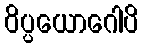
ဝိပ္ပယောဂေါပိ